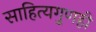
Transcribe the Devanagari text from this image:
साहित्यगुणही